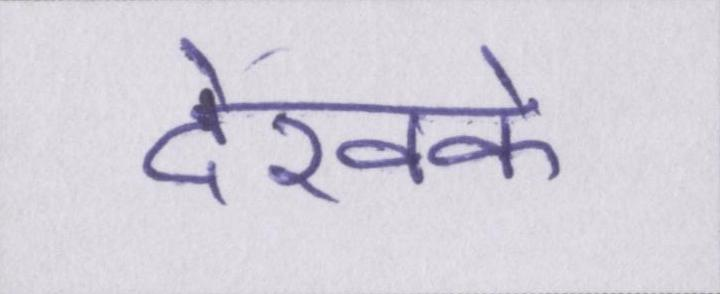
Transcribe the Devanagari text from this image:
देखके